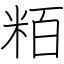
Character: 粨